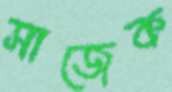
সাজেক